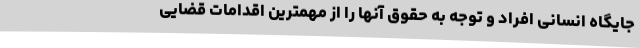
جایگاه انسانی افراد و توجه به حقوق آنها را از مهمترین اقدامات قضایی